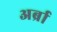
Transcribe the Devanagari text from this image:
अर्ब्रा